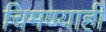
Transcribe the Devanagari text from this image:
चिमण्याही